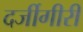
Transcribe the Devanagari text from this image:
दर्जीगीरी